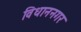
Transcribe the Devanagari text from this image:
विधाननगर